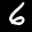
Label: 6